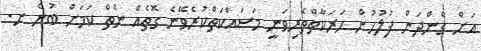
އަށް ގެންދަން ފުލުހުން ހަރަކާތްތެރިވަނީ މަސައްކަތްކުރެވޭނެ ގޮތެއް ނެތް ކަމަށް ބުނެ ށ.